Annual report on the lock hospitals of the Madras Presidency
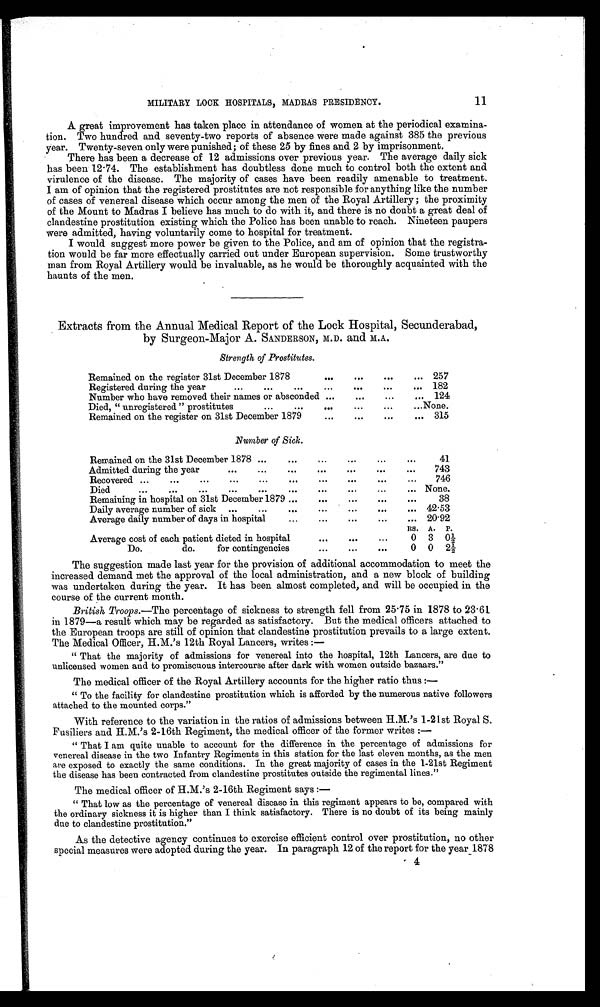
MILITARY LOCK HOSPITALS, MADRAS PRESIDENCY.
11
A great improvement has taken place in attendance of women at the periodical examina-
tion. Two hundred and seventy-two reports of absence were made against 385 the previous
year. Twenty-seven only were punished; of these 25 by fines and 2 by imprisonment.
There has been a decrease of 12 admissions over previous year. The average daily sick
has been 12 . 74. The establishment has doubtless done much to control both the extent and
virulence of the disease. The majority of cases have been readily amenable to treatment.
I am of opinion that the registered prostitutes are not responsible for anything like the number
of cases of venereal disease which occur among the men of the Royal Artillery; the proximity
of the Mount to Madras I believe has much to do with it, and there is no doubt a great deal of
clandestine prostitution existing which the Police has been unable to reach. Nineteen paupers
were admitted, having voluntarily come to hospital for treatment.
I would suggest more power be given to the Police, and am of opinion that the registra-
tion would be far more effectually carried out under European supervision. Some trustworthy
man from Royal Artillery would be invaluable, as he would be thoroughly acquainted with the
haunts of the men.
Extracts from the Annual Medical Report of the Lock Hospital, Secunderabad,
by Surgeon-Major A. SANDERSON, M.D. and M.A.
Strength of Prostitutes.
Remained on the register 31st December 1878
. . .
...
. . .
... 257
Registered during the year
...
...
...
...
. . .
...
... 182
Number who have removed their names or absconded ...
. . .
...
... 124
Died, " unregistered " prostitutes
...
...
. . .
...
...
...None.
Remained on the register on 31st December 1879
...
. . .
. . .
... 315
Number of Sick.
Remained on the 31st December 1878 ...
...
Y..
.0.
. . .
. . .
41
Admitted during the year
...
...
...
. . .
. . .
...
. . .
743
Recovered ...
...
...
...
...
. . .
. . .
746
Died
...
...
.. . ... ... 9..
. . .
.4 .
. . .
.. 0
None.
Remaining in hospital on 31st December 1879 ...
. . .
...
...
. . .
38
Daily average number of sick
...
...
...
...
...
...
... 42.53
Average daily number of days in hospital
. . .
...
... 20'92
Es. A. P.
Average cost of each patient dieted in hospital
. . .
. . .
. C.
0
3
0,1
Do.
do.
for contingencies
- - .
. . .
. . .
0
0
21 2
The suggestion made last year for the provision of additional accommodation to meet the
increased demand met the approval of the local administration, and a new block of building
was undertaken during the year. It has been almost completed, and will be occupied in the
course of the current month.
British Troops.—The percentage of sickness to strength fell from 25 . 75 in 1878 to 23.61
in 1879—a result which may be regarded as satisfactory. But the medical officers attached to
the European troops are still of opinion that clandestine prostitution prevails to a large extent.
The Medical Officer, H.M.'s 12th Royal Lancers, writes :-
" That the majority of admissions for venereal into the hospital, 12th Lancers, are due to
unlicensed women and to promiscuous intercourse after dark with women outside bazaars."
The medical officer of the Royal Artillery accounts for the higher ratio thus :-
" To the facility for clandestine prostitution which is afforded by the numerous native followers
attached to the mounted corps."
With reference to the variation in the ratios of admissions between H.M.'s 1-21st Royal S.
Fusiliers and H.M.'s 2-16th Regiment, the medical officer of the former writes :-
" That I am quite unable to account for the diff erence in the percentage of admissions for
venereal disease in the two Infantry Regiments in this station for the last eleven months, as the men
are exposed to exactly the same conditions. In the great majority of cases in the 1-21st Regiment
the disease has been contracted from clandestine prostitutes outside the regimental lines."
The medical officer of H.M.'s 2 - 16th Regiment says :-
" That low as the percentage of venereal disease in this regiment appears to be, compared with
the ordinary sickness it is higher than I think satisfactory. There is no doubt of its being mainly
due to clandestine prostitution."
As the detective agency continues to exercise efficient control over prostitution, no other
special measures were adopted during the year. In paragraph 12 of the report for the year_1878
- 4